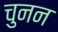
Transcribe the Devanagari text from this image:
चुनन